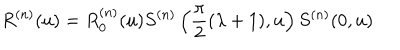
R ^ { ( n ) } ( u ) = R _ { 0 } ^ { ( n ) } ( u ) S ^ { ( n ) } \left( \frac { \pi } { 2 } ( \lambda + 1 ) , u \right) S ^ { ( n ) } ( 0 , u )